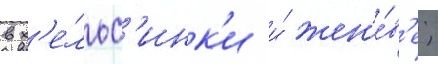
в х'е́льс'инк'и и́ жен'е́в'е;